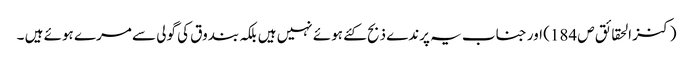
(کنز الحقائق ص 184) اور جناب یہ پرندے ذبح کئے ہوئے نہیں ہیں بلکہ بندوق کی گولی سے مرے ہوئے ہیں ۔